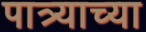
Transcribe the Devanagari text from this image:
पात्र्याच्या